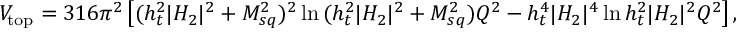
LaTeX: V _ { \mathrm { t o p } } = { 3 \o 1 6 \pi ^ { 2 } } \left[ ( h _ { t } ^ { 2 } | H _ { 2 } | ^ { 2 } + M _ { s q } ^ { 2 } ) ^ { 2 } \ln { { ( h _ { t } ^ { 2 } | H _ { 2 } | ^ { 2 } + M _ { s q } ^ { 2 } ) \o Q ^ { 2 } } } - h _ { t } ^ { 4 } | H _ { 2 } | ^ { 4 } \ln { { h _ { t } ^ { 2 } | H _ { 2 } | ^ { 2 } \o Q ^ { 2 } } } \right] ,